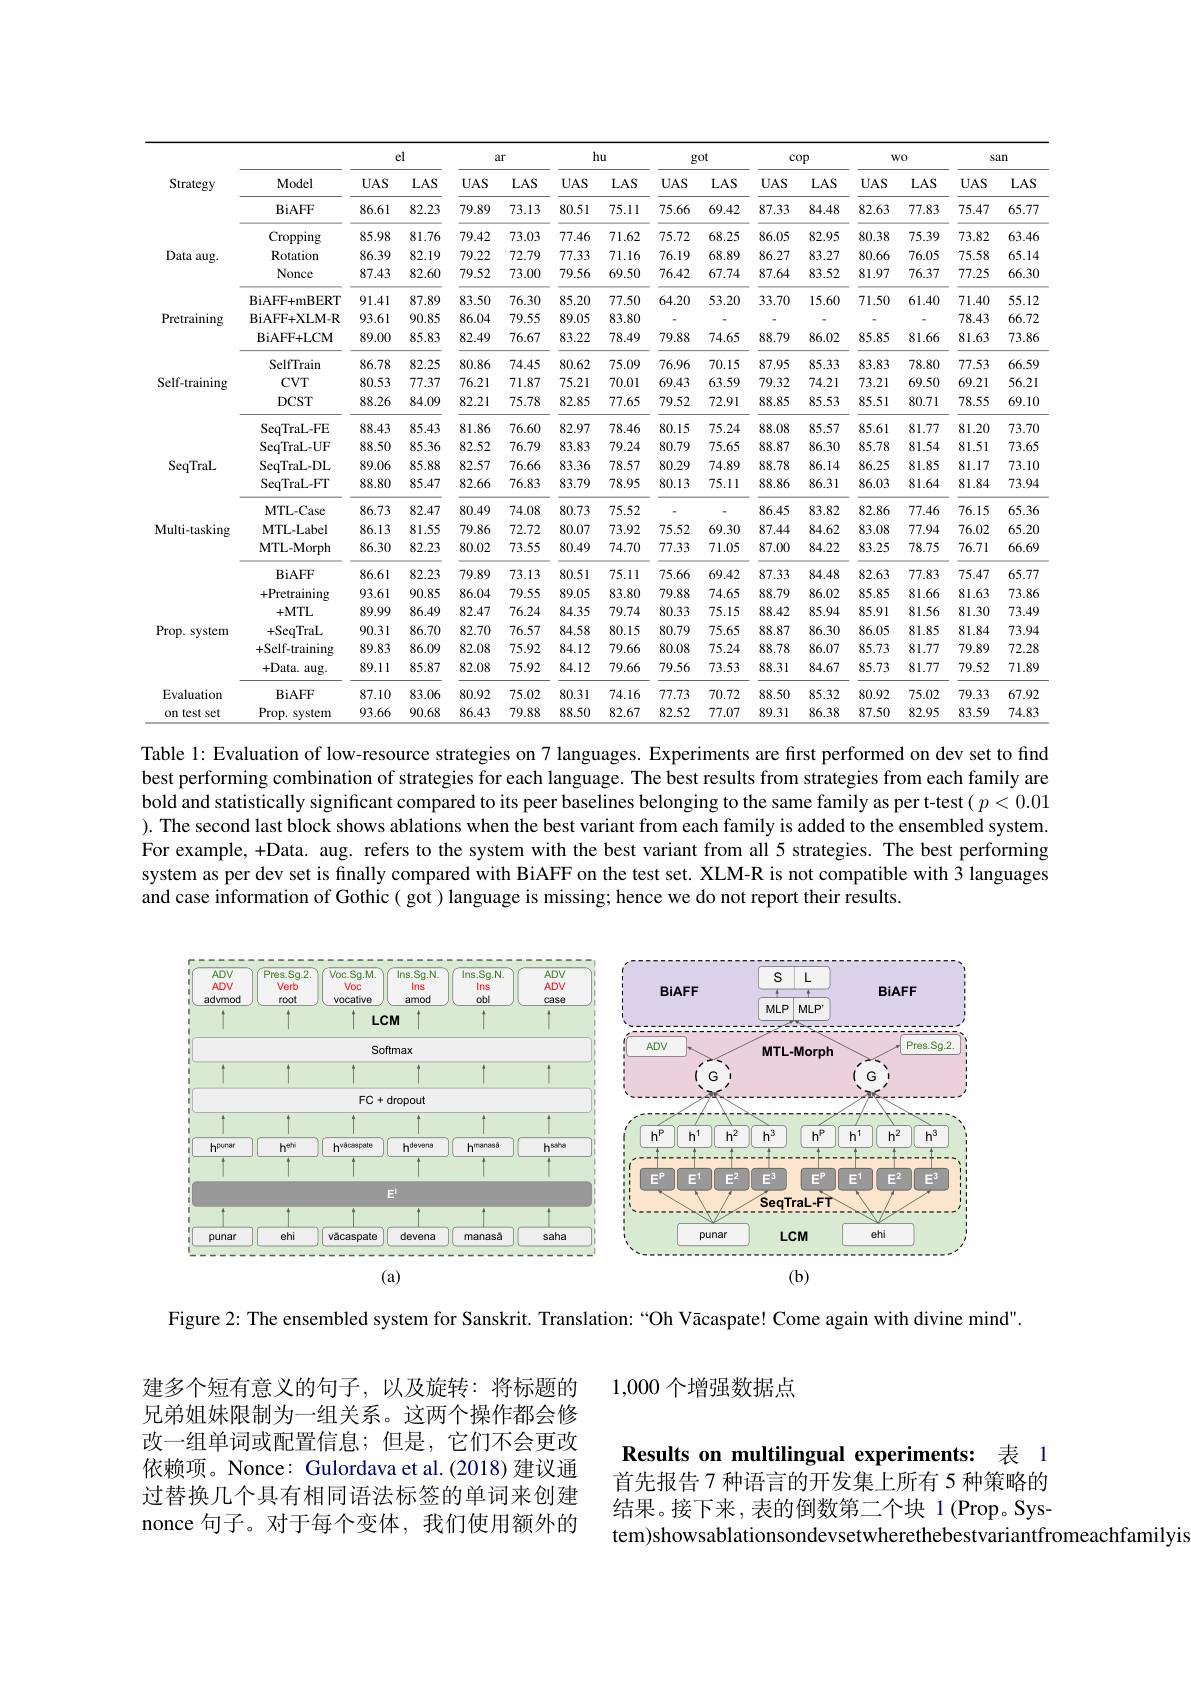
<table>
	<tbody>
		<tr>
			<th rowspan="4">Strategy</th>
			<th rowspan="3">Model BiAFF</th>
			<th colspan="2">el</th>
			<th colspan="2">ar</th>
			<th>h</th>
			<th rowspan="1">hu</th>
			<th>g</th>
			<th>$;Ot$</th>
			<th colspan="2">cop</th>
			<th colspan="2">$W0$</th>
			<th colspan="2">san</th>
		</tr>
		<tr>
			<th rowspan="2">$UAS$ 86.61</th>
			<th rowspan="2">$LAS$ 82.23</th>
			<th rowspan="2">$UAS$ 79.89</th>
			<th>$LAS$</th>
			<th>$UAS$</th>
			<th>$LAS$</th>
			<th rowspan="2">$UAS$ 75.66</th>
			<th>$LAS$</th>
			<th rowspan="2">$UAS$ 87.33</th>
			<th>$LAS$</th>
			<th rowspan="2">$UAS$ 82.63</th>
			<th rowspan="2">$LAS$ 77.83</th>
			<th rowspan="2">$UAS$ 75.47</th>
			<th rowspan="2">$LAS$ 65.77</th>
		</tr>
		<tr>
			<th>73.13</th>
			<th>80.51</th>
			<th>75.11</th>
			<th>69.42</th>
			<th>84.48</th>
		</tr>
		<tr>
			<td>Cropping</td>
			<td>85.98</td>
			<td>81.76</td>
			<td>79.42</td>
			<td>73.03</td>
			<td>77.46</td>
			<td>71.62</td>
			<td>75.72</td>
			<td>68.25</td>
			<td>86.05</td>
			<td>82.95</td>
			<td>80.38</td>
			<td>75.39</td>
			<td>73.82</td>
			<td>63.46</td>
		</tr>
		<tr>
			<td rowspan="3">Data aug</td>
			<td>Rotation</td>
			<td>86.39</td>
			<td>82.19</td>
			<td>79.22</td>
			<td>72.79</td>
			<td>77.33</td>
			<td>71.16</td>
			<td>76.19</td>
			<td>68.89</td>
			<td>86.27</td>
			<td>83.27</td>
			<td>80.66</td>
			<td>76.05</td>
			<td>75.58</td>
			<td>65.14</td>
		</tr>
		<tr>
			<td>Nonce</td>
			<td>87.43</td>
			<td>82.60</td>
			<td>79.52</td>
			<td>73.00</td>
			<td>79.56</td>
			<td>69.50</td>
			<td>76.42</td>
			<td>67.74</td>
			<td>87.64</td>
			<td>83.52</td>
			<td>81.97</td>
			<td>76.37</td>
			<td>77.25</td>
			<td>66.30</td>
		</tr>
		<tr>
			<td>BiAFF+mBERT</td>
			<td>91.41</td>
			<td>87.89</td>
			<td>83.50</td>
			<td>76.30</td>
			<td>85.20</td>
			<td>77.50</td>
			<td>64.20</td>
			<td>53.20</td>
			<td>33.70</td>
			<td>15.60</td>
			<td>71.50</td>
			<td>61.40</td>
			<td>71.40</td>
			<td>55.12</td>
		</tr>
		<tr>
			<td rowspan="3">Pretraining</td>
			<td>BiAFF+ XLM- R</td>
			<td>93.61</td>
			<td>90.85</td>
			<td>86.04</td>
			<td>79.55</td>
			<td>89.05</td>
			<td>83.80</td>
			<td> </td>
			<td> </td>
			<td> </td>
			<td> </td>
			<td> </td>
			<td> </td>
			<td>78.43</td>
			<td>66.72</td>
		</tr>
		<tr>
			<td>BiAFF+ LCM</td>
			<td>89.00</td>
			<td>85.83</td>
			<td>82.49</td>
			<td>76.67</td>
			<td>83.22</td>
			<td>78.49</td>
			<td>79.88</td>
			<td>74.65</td>
			<td>88.79</td>
			<td>86.02</td>
			<td>85.85</td>
			<td>81.66</td>
			<td>81.63</td>
			<td>73.86</td>
		</tr>
		<tr>
			<td>SelfTrain</td>
			<td>86.78</td>
			<td>82.25</td>
			<td>80.86</td>
			<td>74.45</td>
			<td>80.62</td>
			<td>75.09</td>
			<td>76.96</td>
			<td>70.15</td>
			<td>87.95</td>
			<td>85.33</td>
			<td>83.83</td>
			<td>78.80</td>
			<td>77.53</td>
			<td>66.59</td>
		</tr>
		<tr>
			<td rowspan="3">Self-training</td>
			<td>$CVT$</td>
			<td>80.53</td>
			<td>77.37</td>
			<td>76.21</td>
			<td>71.87</td>
			<td>75.21</td>
			<td>70.01</td>
			<td>69.43</td>
			<td>63.59</td>
			<td>79.32</td>
			<td>74.21</td>
			<td>73.21</td>
			<td>69.50</td>
			<td>69.21</td>
			<td>56.21</td>
		</tr>
		<tr>
			<td>$DCST$</td>
			<td>88.26</td>
			<td>84.09</td>
			<td>82.21</td>
			<td>75.78</td>
			<td>82.85</td>
			<td>77.65</td>
			<td>79.52</td>
			<td>72.91</td>
			<td>88.85</td>
			<td>85.53</td>
			<td>85.51</td>
			<td>80.71</td>
			<td>78.55</td>
			<td>69.10</td>
		</tr>
		<tr>
			<td>SeqTraL-FE</td>
			<td>88.43</td>
			<td>85.43</td>
			<td>81.86</td>
			<td>76.60</td>
			<td>82.97</td>
			<td>78.46</td>
			<td>80.15</td>
			<td>75.24</td>
			<td>88.08</td>
			<td>85.57</td>
			<td>85.61</td>
			<td>81.77</td>
			<td>81.20</td>
			<td>73.70</td>
		</tr>
		<tr>
			<td rowspan="3">SeqTraL</td>
			<td>SeqTraL- UF</td>
			<td>88.50</td>
			<td>85.36</td>
			<td>82.52</td>
			<td>76.79</td>
			<td>83.83</td>
			<td>79.24</td>
			<td>80.79</td>
			<td>75.65</td>
			<td>88.87</td>
			<td>86.30</td>
			<td>85.78</td>
			<td>81.54</td>
			<td>81.51</td>
			<td>73.65</td>
		</tr>
		<tr>
			<td>SeqTraL-DL</td>
			<td>89.06</td>
			<td>85.88</td>
			<td>82.57</td>
			<td>76.66</td>
			<td>83.36</td>
			<td>78.57</td>
			<td>80.29</td>
			<td>74.89</td>
			<td>88.78</td>
			<td>86.14</td>
			<td>86.25</td>
			<td>81.85</td>
			<td>81.17</td>
			<td>73.10</td>
		</tr>
		<tr>
			<td>SeqTraL-FT</td>
			<td>88.80</td>
			<td>85.47</td>
			<td>82.66</td>
			<td>76.83</td>
			<td>83.79</td>
			<td>78.95</td>
			<td>80.13</td>
			<td>75.11</td>
			<td>88.86</td>
			<td>86.31</td>
			<td>86.03</td>
			<td>81.64</td>
			<td>81.84</td>
			<td>73.94</td>
		</tr>
		<tr>
			<td> </td>
			<td>MTL- Case</td>
			<td>86.73</td>
			<td>82.47</td>
			<td>80.49</td>
			<td>74.08</td>
			<td>80.73</td>
			<td>75.52</td>
			<td> </td>
			<td> </td>
			<td>86.45</td>
			<td>83.82</td>
			<td>82.86</td>
			<td>77.46</td>
			<td>76.15</td>
			<td>65.36</td>
		</tr>
		<tr>
			<td rowspan="5">Multi-tasking</td>
			<td>$\mathbf{MTL-Label}$</td>
			<td>86.13</td>
			<td>81.55</td>
			<td>79.86</td>
			<td>72.72</td>
			<td>80.07</td>
			<td>73.92</td>
			<td>75.52</td>
			<td>69.30</td>
			<td>87.44</td>
			<td>84.62</td>
			<td>83.08</td>
			<td>77.94</td>
			<td>76.02</td>
			<td>65.20</td>
		</tr>
		<tr>
			<td>$\mathbf{MTL-Morph}$</td>
			<td>86.30</td>
			<td>82.23</td>
			<td>80.02</td>
			<td>73.55</td>
			<td>80.49</td>
			<td>74.70</td>
			<td>77.33</td>
			<td>71.05</td>
			<td>87.00</td>
			<td>84.22</td>
			<td>83.25</td>
			<td>78.75</td>
			<td>76.71</td>
			<td>66.69</td>
		</tr>
		<tr>
			<td>BiAFF</td>
			<td>86.61</td>
			<td>82.23</td>
			<td>79.89</td>
			<td>73.13</td>
			<td>80.51</td>
			<td>75.11</td>
			<td>75.66</td>
			<td>69.42</td>
			<td>87.33</td>
			<td>84.48</td>
			<td>82.63</td>
			<td>77.83</td>
			<td>75.47</td>
			<td>65.77</td>
		</tr>
		<tr>
			<td>+Pretraining</td>
			<td>93.61</td>
			<td>90.85</td>
			<td>86.04</td>
			<td>79.55</td>
			<td>89.05</td>
			<td>83.80</td>
			<td>79.88</td>
			<td>74.65</td>
			<td>88.79</td>
			<td>86.02</td>
			<td>85.85</td>
			<td>81.66</td>
			<td>81.63</td>
			<td>73.86</td>
		</tr>
		<tr>
			<td>+MTL</td>
			<td>89.99</td>
			<td>86.49</td>
			<td>82.47</td>
			<td>76.24</td>
			<td>84.35</td>
			<td>79.74</td>
			<td>80.33</td>
			<td>75.15</td>
			<td>88.42</td>
			<td>85.94</td>
			<td>85.91</td>
			<td>81.56</td>
			<td>81.30</td>
			<td>73.49</td>
		</tr>
		<tr>
			<td rowspan="3">Prop. system</td>
			<td>+SeqTraL</td>
			<td>90.31</td>
			<td>86.70</td>
			<td>82.70</td>
			<td>76.57</td>
			<td>84.58</td>
			<td>80.15</td>
			<td>80.79</td>
			<td>75.65</td>
			<td>88.87</td>
			<td>86.30</td>
			<td>86.05</td>
			<td>81.85</td>
			<td>81.84</td>
			<td>73.94</td>
		</tr>
		<tr>
			<td>+Self-training</td>
			<td>89.83</td>
			<td>86.09</td>
			<td>82.08</td>
			<td>75.92</td>
			<td>84.12</td>
			<td>79.66</td>
			<td>80.08</td>
			<td>75.24</td>
			<td>88.78</td>
			<td>86.07</td>
			<td>85.73</td>
			<td>81.77</td>
			<td>79.89</td>
			<td>72.28</td>
		</tr>
		<tr>
			<td>+Data. aug-</td>
			<td>89.11</td>
			<td>85.87</td>
			<td>82.08</td>
			<td>75.92</td>
			<td>84.12</td>
			<td>79.66</td>
			<td>79.56</td>
			<td>73.53</td>
			<td>88.31</td>
			<td>84.67</td>
			<td>85.73</td>
			<td>81.77</td>
			<td>79.52</td>
			<td>71.89</td>
		</tr>
		<tr>
			<td rowspan="2">Evaluation on test set</td>
			<td>BiAFF</td>
			<td>87.10</td>
			<td>83.06</td>
			<td>80.92</td>
			<td>75.02</td>
			<td>80.31</td>
			<td>74.16</td>
			<td>77.73</td>
			<td>70.72</td>
			<td>88.50</td>
			<td>85.32</td>
			<td>80.92</td>
			<td>75.02</td>
			<td>79.33</td>
			<td>67.92</td>
		</tr>
		<tr>
			<td>$Prop.$ system</td>
			<td>93.66</td>
			<td>90.68</td>
			<td>86.43</td>
			<td>79.88</td>
			<td>88.50</td>
			<td>82.67</td>
			<td>82.52</td>
			<td>77.07</td>
			<td>89.31</td>
			<td>86.38</td>
			<td>87.50</td>
			<td>82.95</td>
			<td>83.59</td>
			<td>74.83</td>
		</tr>
	</tbody>
</table>

Table 1: Evaluation of low-resource strategies on 7 languages. Experiments are first performed on dev set to find best performing combination of strategies for each language. The best results from strategies from each family are bold and statistically significant compared to its peer baselines belonging to the same family as per t-test( $p<0.01$ ). The second last block shows ablations when the best variant from each family is added to the ensembled system. For example, +Data. aug. refers to the system with the best variant from all 5 strategies. The best performing system as per dev set is finally compared with BiAFF on the test set. XLM-R is not compatible with 3 languages and case information of Gothic( got ) language is missing; hence we do not report their results.

<FigureHere>

Figure 2: The ensembled system for Sanskrit. Translation:“Oh Vācaspate! Come again with divine mind".

1,000 个增强数据点

建多个短有意义的句子，以及旋转：将标题的兄弟姐妹限制为一组关系。这两个操作都会修改一组单词或配置信息；但是，它们不会更改依赖项。Nonce: Gulordava et al.(2018)建议通过替换几个具有相同语法标签的单词来创建nonce 句子。对于每个变体，我们使用额外的

Results on multilingual experiments: 表 1

首先报告 7 种语言的开发集上所有 5 种策略的结果。接下来，表的倒数第二个块 1(Prop。System)showsablationsondevsetwherethebestvariantfromeachfamilyis